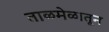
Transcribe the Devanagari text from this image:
ताळमेळातून